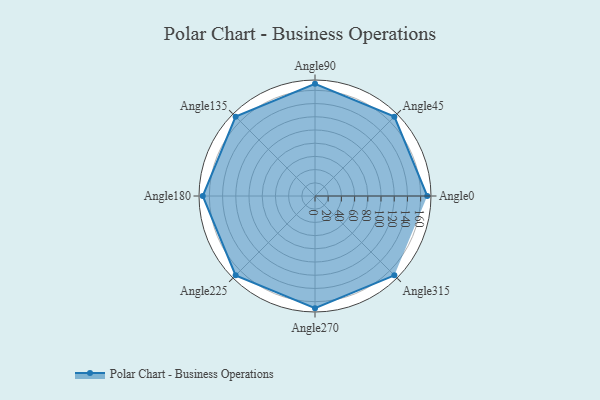
{"axis": {"x": "Angle", "y": "Radius"}, "legend": [""], "data": [{"x": "Angle0", "y": 170, "type": ""}, {"x": "Angle45", "y": 170, "type": ""}, {"x": "Angle90", "y": 170, "type": ""}, {"x": "Angle135", "y": 170, "type": ""}, {"x": "Angle180", "y": 170, "type": ""}, {"x": "Angle225", "y": 170, "type": ""}, {"x": "Angle270", "y": 170, "type": ""}, {"x": "Angle315", "y": 170, "type": ""}]}